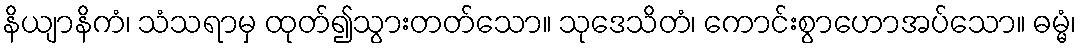
နိယျာနိကံ၊ သံသရာမှ ထုတ်၍သွားတတ်သော။ သုဒေသိတံ၊ ကောင်းစွာဟောအပ်သော။ ဓမ္မံ၊